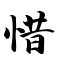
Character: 惜